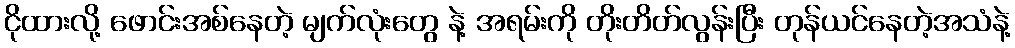
ငိုထားလို့ ဖောင်းအစ်နေတဲ့ မျက်လုံးတွေ နဲ့ အရမ်းကို တိုးတိတ်လွန်းပြီး တုန်ယင်နေတဲ့အသံနဲ့